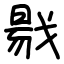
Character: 㦹